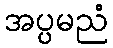
အပ္ပမညံ